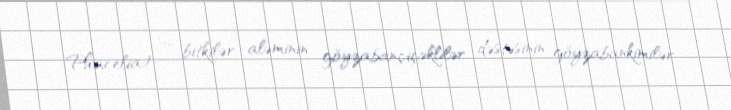
Phacelia) — bitkilər aləminin göyzabançiçəklilər dəstəsinin göyzabankimilər